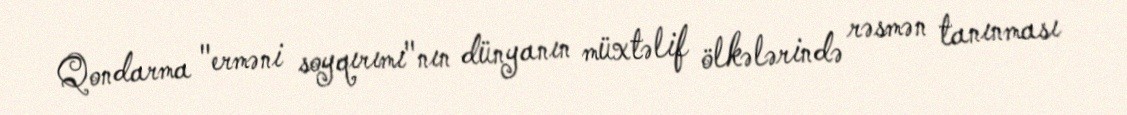
Qondarma "erməni soyqırımı"nın dünyanın müxtəlif ölkələrində rəsmən tanınması